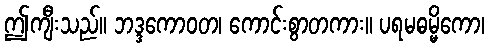
ဤကျီးသည်။ ဘဒ္ဒကောဝတ၊ ကောင်းစွာတကား။ ပရမဓမ္မိကော၊